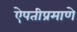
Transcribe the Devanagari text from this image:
ऐपतीप्रमाणे